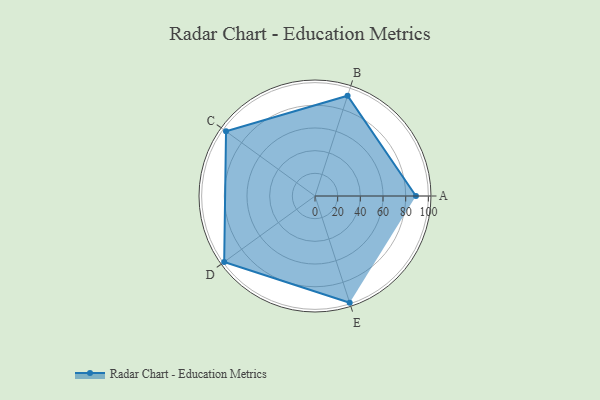
{"axis": {"x": "Skill", "y": "Score"}, "legend": ["Profile"], "data": [{"x": "A", "y": 89.0, "type": "Profile"}, {"x": "B", "y": 93.0, "type": "Profile"}, {"x": "C", "y": 97.0, "type": "Profile"}, {"x": "D", "y": 99, "type": "Profile"}, {"x": "E", "y": 99, "type": "Profile"}]}